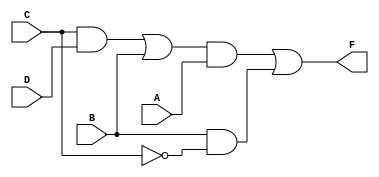
//fig 3-20 (b) pg. 122
module mod3_32_b(F, A, B, C, D);
    output F;
    input A, B, C, D;
    
    assign F = (!(!((!(!(C && D)) || B) && A))) || (!(!(B && !C)));
    
endmodule

module mod3_32_b_tb;
reg a, b, c, d;
wire y;

mod3_32_b circuit(y, a, b, c, d);
initial
begin
$monitor("a=%b, b=%b, c=%b, d=%b, y=%b", a, b, c, d, y);
a = 0; b = 0; c = 0; d = 0; #10;
a = 0; b = 0; c = 0; d = 1; #10;
a = 0; b = 0; c = 1; d = 0; #10;
a = 0; b = 0; c = 1; d = 1; #10;
a = 0; b = 1; c = 0; d = 0; #10;
a = 0; b = 1; c = 0; d = 1; #10;
a = 0; b = 1; c = 1; d = 0; #10;
a = 0; b = 1; c = 1; d = 1; #10;
a = 1; b = 0; c = 0; d = 0; #10;
a = 1; b = 0; c = 0; d = 1; #10;
a = 1; b = 0; c = 1; d = 0; #10;
a = 1; b = 0; c = 1; d = 1; #10;
a = 1; b = 1; c = 0; d = 0; #10;
a = 1; b = 1; c = 0; d = 1; #10;
a = 1; b = 1; c = 1; d = 0; #10;
a = 1; b = 1; c = 1; d = 1; #10;
$finish;
end
endmodule